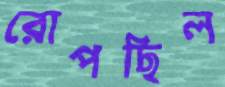
রোপছিল